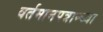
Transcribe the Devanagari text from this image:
वर्तमानपत्रान्च्या